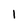
Character: I